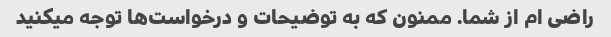
راضی ام از شما. ممنون که به توضیحات و درخواست‌ها توجه میکنید